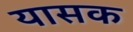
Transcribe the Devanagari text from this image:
यासक